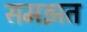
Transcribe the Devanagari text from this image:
समझत